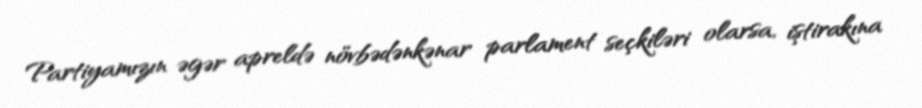
Partiyamızın əgər apreldə növbədənkənar parlament seçkiləri olarsa, iştirakına